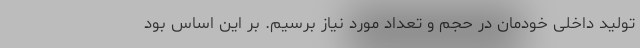
تولید داخلی خودمان در حجم و تعداد مورد نیاز برسیم. بر این اساس بود